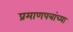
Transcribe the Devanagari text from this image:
प्रमाणपत्रांच्या